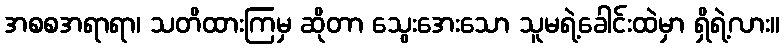
အစစအရာရာ၊ သတိထားကြမှ ဆိုတာ သွေးအေးသော သူမရဲ့ခေါင်းထဲမှာ ရှိရဲ့လား။